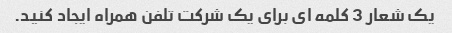
یک شعار 3 کلمه ای برای یک شرکت تلفن همراه ایجاد کنید.